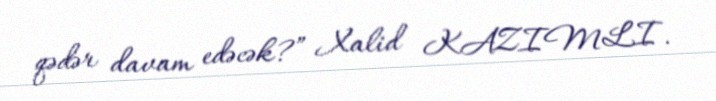
qədər davam edəcək?” Xalid KAZIMLI.